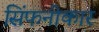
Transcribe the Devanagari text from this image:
सिंफनीकार